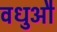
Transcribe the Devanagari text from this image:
वधुऔ